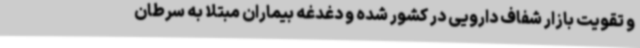
و تقویت بازار شفاف دارویی در کشور شده و دغدغه بیماران مبتلا به سرطان